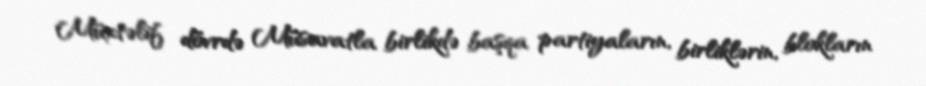
Müxtəlif dövrdə Müsavatla birlikdə başqa partiyaların, birliklərin, blokların